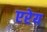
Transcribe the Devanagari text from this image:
एरेय